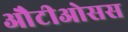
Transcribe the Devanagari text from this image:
औटीओसस